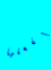
ليفعلها